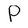
Character: P